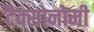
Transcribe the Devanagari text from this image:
टैक्सोनोमी